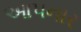
આ૫નાર